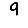
Digit: 9